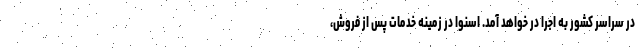
در سراسر کشور به اجرا در خواهد آمد. اسنوا در زمینه خدمات پس از فروش،